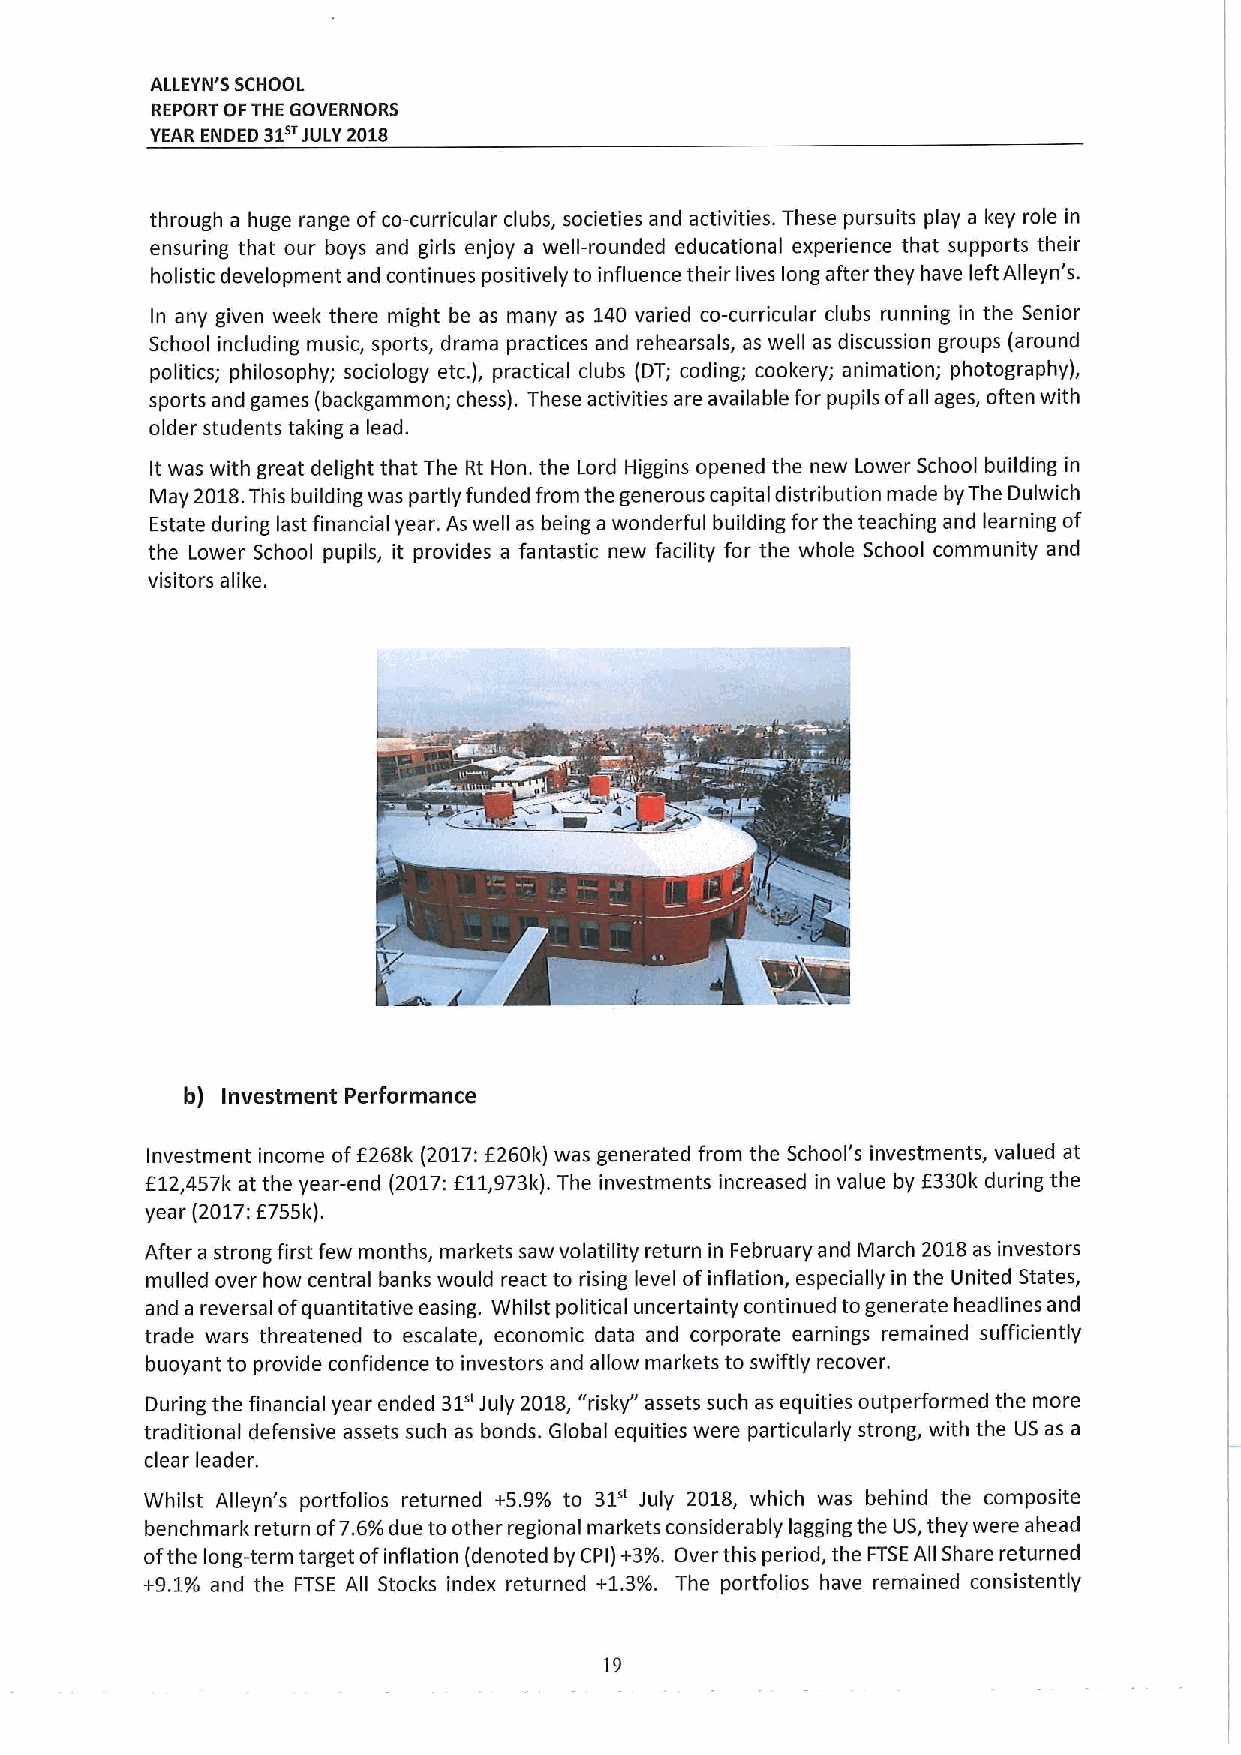
ALLEYN'S SCHOOL
 REPORT OFTHE GOVERNORS
 YEAR ENDED 31e JULY 2018
 through a huge range ofco-curricular clubs, societies and activities. These pursuits play a key role in
 ensuring that our boys and girls enjoy a well-rounded educational experience that supports their
 holistic development and continues positively to influence their lives long after they have left Alleyn's.
 In any given week there might be as many as 140 varied co-curricular clubs running in the Senior
 School including music, sports, drama practices and rehearsals, as well as discussion groups (around
 politics; philosophy; sociology etc.), practical clubs (DT; coding; cookery; animation; photography),
 sports and games (backgammon; chess). These activities are available for pupils ofall ages, often with
 older students taking a lead.
 It was with great delight that The Rt Hon. the Lord Higgins opened the new Lower School building in
 May 2018.This building was partly funded from the generous capital distribution made byThe Dulwich
 Estate during last financial year. As well as being a wonderful building for the teaching and learning of
 the Lower School pupils, it provides a fantastic new facility for the whole School community and
 visitors alike.
 b) Investment Performance
 Investment income off 268k (2017:f 260k) was generated from the School's investments, valued at
 E12,457k at the year-end (2017:E11,973k).The investments increased in value by E330k during the
 year (2017:6755k).
 After a strong first few months, markets saw volatility return in February and March 2018as investors
 mulled over how central banks would react to rising level ofinflation, especially in the United States,
 and a reversal ofquantitative easing. Whilst political uncertainty continued togenerate headlines and
 trade wars threatened to escalate, economic data and corporate earnings remained sufficiently
 buoyant to provide confidence to investors and allow markets to swiftly recover.
 During the financial year ended 31" July 2018,"risky" assets such as equities outperformed the more
 traditional defensive assets such as bonds. Global equities were particularly strong, with the US as a
 clear leader.
 Whilst Alleyn's portfolios returned +5.9% to 31" July 2018, which was behind the composite
 benchmark return of7.6%due to other regional markets considerably lagging the US,they were ahead
 ofthe long-term target ofinflation (denoted by CPI)+3%.Over this period, the FTSEAll Share returned
 +9.1% and the FTSE All Stocks index returned +1.3%. The portfolios have remained consistently
 19